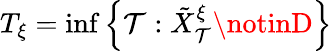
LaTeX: T_{\xi}=\operatorname*{inf}\left\{ \mathcal{T}:\tilde{{X}}_{\mathcal{T}}^{\xi}\notinD\right\}